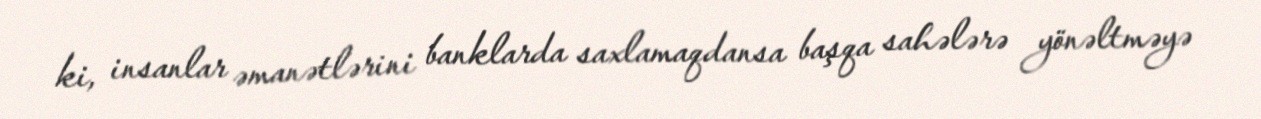
ki, insanlar əmanətlərini banklarda saxlamaqdansa başqa sahələrə yönəltməyə